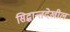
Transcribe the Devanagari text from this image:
सिद्धान्तदेखील